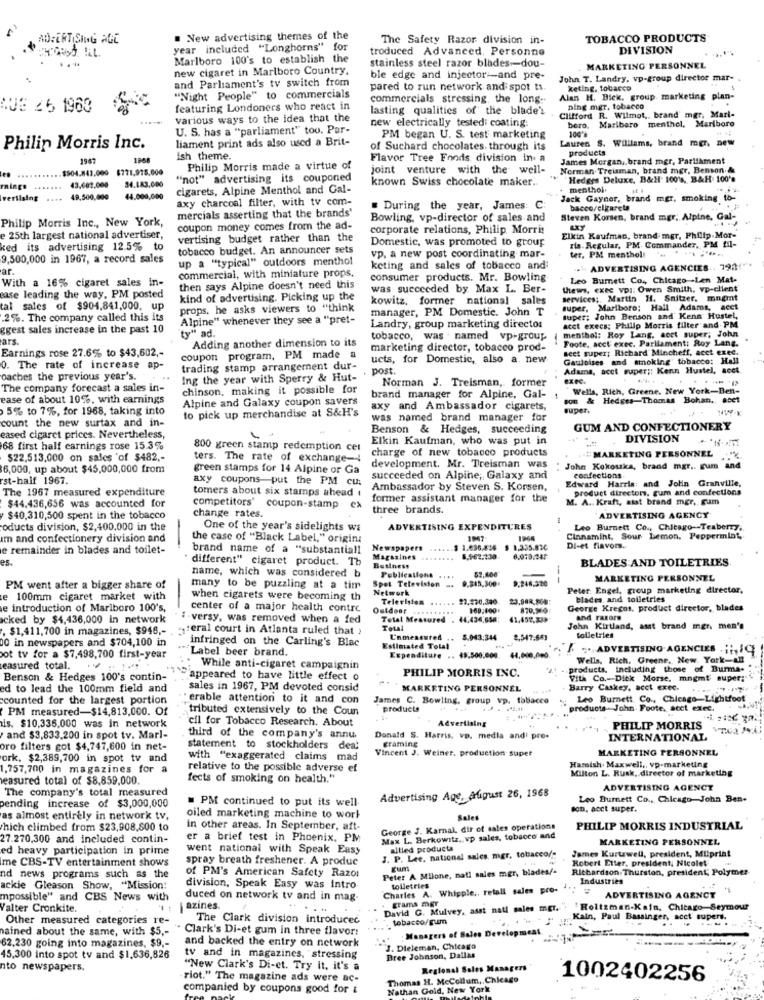
ADVERTISING AGE
. New advertising themes of the
The Safety Razor division in-
TOBACCO PRODUCTS
year included "Longhorns" for
troduced Advanced. Personne
DIVISION
Marlboro 100's to establish the
stainless steel razor blades -- dou-
new cigaret in Marlboro Country.
MARKETING PERSONNEL
and Parlament's tv switch from
ble edge and injector-and pre-
John T. Landry, vp-group director mar-
pared to run network and spot t1.
keting, tobacco
"Night People" to commercials
commercials stressing, the long ..
Alan H. Bick, group marketing plan-
QUE 26 1960
featuring Londoners who react in
lasting qualities of the blade'
Clifford R. Wilmot ,. brand mgr, Marl-
ning mgr, tobacco
various ways to the idea that the
new electrically testedi coating:
bero, Maribero menthol, Marlboro
U. S. has a "parliament" too. Par-
liament print ads also used a Brit-
PM began U. S. test marketing
Lauren S. Williams, brand mer, new
Philip Morris Inc.
of Suchard chocolates. through its
products
1987
ish theme.
Flavor Tree Foods division in a
James Morgan ,, brand mer, Parliament
$504.843.000
$771,978,000
Philip Morris made a virtue of
joint venture with the well-
Norman. Treisman, brand mgr, Benson &
. ...
"not" advertising its couponed
known Swiss chocolate maker.
"Heders Deluxe, B&H- 100's, B&H 100's
rings
43.603,000
34.183,000
cigarets, Alpine Menthol and Gal-
. menthol.
veriising
49,500,000
44.000,000
axy charcoal filter, with tv com-
Jack Gaynor, brand mgr, smoking to-
mercials asserting that the brands'
. During the year, James: C
bacco/cigareta
Philip Morris Inc ., New York,
Bowling, vp-director of sales and
Steven Korsen, brand mgr; Alpine, Gal-
coupon money comes from the ad-
corporate relations, Philip Morris
:25th largest national advertiser,
vertising budget rather than the
Domestic, was promoted to group
Elkin Kaufman, brand mgr, Philip.Mor-
ked its advertising 12.5% to
tobacco budget. An announcer sets
ris. Regular, PM Commander, PM til-
9,500,000 in 1967, a record sales
up a "typical" outdoors menthol
vp. a new post coordinating mar-
ter, PM menthol!
ar.
commercial, with miniature props.
keting and sales of tobacco and
" ADVERTISING AGENCIES .. 792
With a 16% cigaret sales in-
consumer products. Mr. Bowling
Leo Burnett Co ., Chicago -Len Mat-
then says Alpine doesn't need this
was succeeded by Max L. Ber-
thews, exec vD :: Owen Smith, vp-client
ease leading the way, PM posted
kind of advertising. Picking up the
kowitz, former national sales
services ;, Martin H. Snitzer. mngmt
tal salcs of $904,841,000, up
props, he asks viewers to "think
manager, PM Domestic. John T
super, Marlboro; Hall Adams, acet
.2%. The company called this its
Alpine" whenever they see a "pret-
super: John Benson and Kenn Hustel,
ggest sales increase in the past 10
ty" ad.
Landry, group marketing director
menthol: Roy Lang, acct super; John
acet execs; Philip Morris filter and PM
ars.
Adding another dimension to its
tobacco, was . named vp-group
Foote, acct exec. Parliament: Roy Lang.
Earnings rose 27.6% to $43,602 ,-
marketing director, tobacco prod-
sect super; Richard Mincheff, acct exec.
coupon program, PM made a
ucts, for Domestic, also a. new
Gauloises and smoking tobacco: Hall
0. The rate of increase ap-
trading stamp arrangement dur-
post.
Adams, acet super ;: Kenn Hustel, acct.
oaches the previous year's.
Ing the year with Sperry & Hut-
Norman J. Treisman, former
The company forecast a sales in-
chinson, making it possible for
Wells, Rich, Greene. New York-Ben-
ease of about 10%. with earnings
Alpine and Galaxy coupon savers
brand manager for Alpine, Gal-
com & Hedges-Thomas Bohan ., acet
5% to 7%, for 1968, taking into
to pick up merchandise at S&H's
axy and Ambassador cigarets,
super.
WW-K
count the new surtax and in-
was named brand manager for
Benson & Hedges, succeeding
GUM AND CONFECTIONERY
eased cigaret prices. Nevertheless,
..
Elkin Kaufman, who was put in
DIVISION
68 first half earnings rose 15.3%
800 green stamp redemption cet
charge of new tobacco products
#MARKETING PERSONNEL
$22.513,000 on sales 'of $482 ,-
ters. The rate of exchange-4
6,000, up about $45,000,000 from
green stamps for 14 Alpine or Ga
development. Mr. Treisman was
John Kokouka, brand mgr ,. gum an
st-half 1967.
axy coupons put the PM cu:
succeeded on Alpine; Galaxy and
Edward Harris: and John Granville,
confections
The 1967 measured expenditure
tomers about six stamps ahead
Ambassador by Steven S. Korsen,
product directors, gum and confections
former assistant manager for the
M. A .. Kraft, atat brand mer, gum
$44,436,656 was accounted for
competitors' coupon-stamp
cx
three brands
$40,310,500 spent in the tobacco
change rates.
ADVERTISING AGENCY
oducts division, $2,400,000 in the
One of the year's sidelights wa
ADVERTISING EXPENDITURES
Leo Burnett Co ., Chicago-Teaberry.
am and confectionery division and
the case of "Black Label," origina
1967
Cinnamint, Sour Lemon. Peppermint,
e remainder in blades and toilet-
brand name of a "substantiall
Newspapers
$ 1.836,416
$ 1,335.830
DI-et flavors.
es.
different" cigaret product. Th
Magazines
6.962,138
BLADES AND TOILETRIES.
name, which was considered b
Business
52,600
Spot Television
Publications ....
9.345,300:
9.246.370
---
MARKETING PERSONNEL
PM went after a bigger share of
many to be puzzling at a tim
Network
Peter: Engel, group marketing director,
e 100mm cigaret market with
when cigarets were becoming th
Television .....
23.98R,SOM:
blades, and toiletries
e introduction of Marlboro 100's,
center of a major health contre
Ostdoar
George Kregos, product director, blades
icked by $4,436,000 in network
: - versy, was removed when a fed
Total Measured . 44,434,654:
41.452.239
and razors
. $1,411,700 in magazines, $948 ,- 1teral court in Atlanta ruled that >
Total
John Kirtland, asst brand mer, men's
00 in newspapers and $704,100 in
infringed on the Carling's Blac
Unmeasured .. 5.043.344
2,547,643
toiletries
Label beer brand.
Estimated Total
„ADVERTISING AGENCIES . ;:, q
ot tv for a $7,498,700 first-year
Expenditure .. 48.500.000. 44,000,040
Wells, Rich, Greene, New York-all
easured total.
.. While anti-cigaret campaignin
PHILIP MORRIS INC.
products, including those of Burma-
Benson & Hedges 100's contin-
'1'appeared to have little effect o
Vith Co. Dick Morse, mngmt super;
ed to lead the 100mm field and
sales in 1967, PM devoted consid
MARKETING PERSONNEL
Barry Caskey, acct exec.
counted for the largest portion
"erable attention to it and con
James C. Bowling, group vp. tobacco
Leo Burnett Co ., Chicago-Lightfoot
PM measured-$14,813,000. Of
tributed extensively to the Coun
products
products-John. Foote, acct exec.
is. $10,336,000 was in network
cil for Tobacco Research. About
Advertising
PHILIP MORRIS
and $3,833,200 in spot tv. Marl-
third of the company's annu
Donald S. Harris, vp. medla and' pro-
graming
INTERNATIONAL
bro filters got $4,747,600 in net-
statement to stockholders dea:
Vincent J. Weiner. production super
MARKETING PERSONNEL
ork, $2,389,700 in spot tv and
with "exaggerated claims mad
1,757,700 in magazines for a
relative to the possible adverse ef
Hamish. Maxwell ,, vp-marketing
Milton L. Rusk, director of marketing
Measured total of $8,859,000.
fects of smoking on health."
The company's total measured
ADVERTISING AGENCY
. PM continued to put its well
Advertising Age, Aligust 26, 1968
Leo Burnett Co ., Chicago-John Ben-
pending increase of $3,000,000
son, acct super.
as almost entirely in network tv,
oiled marketing machine to work
Sales
hich climbed from $23,908,800 to
in other areas. In September, aft.
George J. Karnal, dir of sales operations
PHILIP MORRIS INDUSTRIAL
27.270,300 and included contin-
er a brief test in Phoenix, PM
Max L. Berkowitz, vp sales, tobacco and
MARKETING PERSONNEL
ed heavy participation in prime
went national with Speak Easy
J. P. Lee, national sales, mgr, tobacco/-
allied products
James Kurtzwell, president, MIprint
me CBS-TV entertainment shows
spray breath freshener. A produc
Robert Etter, president, Nicole!
of PM's American Safety Razor
Peter A Milone, natl sales mgr, blades/-
Eum
Richardson Thurston, president; Polymer
nd news programs such as the
Industries
ackie Gleason Show, "Mission:
division, Speak Easy was intro-
Charles A. Whipple ,, retall sales pro-
toiletries
mpossible" and CBS News with
duced on network tv and in mag-
grams mgr
ADVERTISING AGENCY
Walter Cronkite.
azines.
David G. Mulvey, asst nati sales mgr.
"Boltzman-Kein. Chicago-Seymour
Other measured categories re-
The Clark division introduced
tobacco/gum
"" un Kain, Paul Bassinger, acet supers.
hained about the same, with $5 ,-
. Clark's Di-et gum In three flavor:
Managers of Sales Deve
62.230 going into magazines, $9 ,-
and backed the entry on network
3. Dieleman, Chicago
45,300 into spot tv and $1,636,826
tv and in magazines, stressing
Bree Johnson, Dallas
nto newspapers.
"New Clark's Di-et. Try it, it's a
Regional Sales Managers
riot." The magazine ads were ac-
Thomas H. MeCollum, Chicago
1002402256
companied by coupons good for &
Nathan Gold, New York